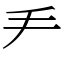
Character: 龵